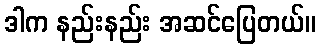
ဒါက နည်းနည်း အဆင်ပြေတယ်။